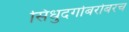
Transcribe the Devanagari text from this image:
सिंधुदर्गाबरोबरच